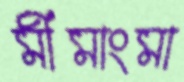
মীমাংমা